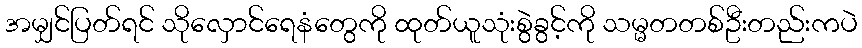
အမျှင်ပြတ်ရင် သိုလှောင်ရေနံတွေကို ထုတ်ယူသုံးစွဲခွင့်ကို သမ္မတတစ်ဦးတည်းကပဲ